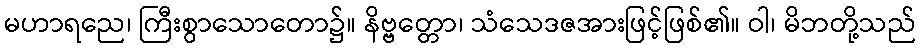
မဟာရညေ၊ ကြီးစွာသောတော၌။ နိဗ္ဗတ္တော၊ သံသေဒဇအားဖြင့်ဖြစ်၏။ ဝါ၊ မိဘတို့သည်